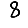
Digit: 8